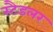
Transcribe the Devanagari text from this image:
स्टैडलर